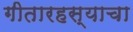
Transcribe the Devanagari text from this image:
गीतारहस्याचा